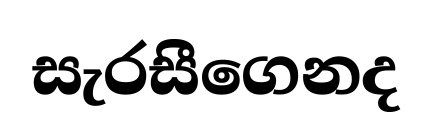
සැරසීගෙනද